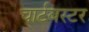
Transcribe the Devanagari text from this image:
चार्टबस्टर